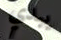
يبدي